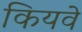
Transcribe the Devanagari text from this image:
कियवे